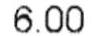
6.00